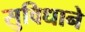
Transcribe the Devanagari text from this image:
सुविधाने